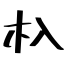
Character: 杁